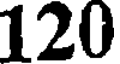
120